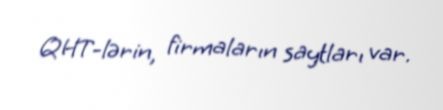
QHT-lərin, firmaların saytları var.